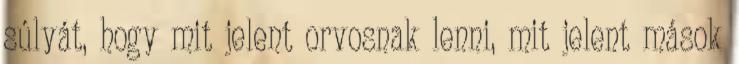
súlyát, hogy mit jelent orvosnak lenni, mit jelent mások